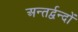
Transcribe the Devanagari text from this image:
अन्तर्द्वन्दों